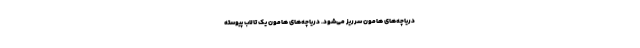
دریاچه‌های هامون سرریز می‌شود. دریاچه‌های هامون یک تالاب ‌پیوسته